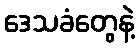
ဒေသခံတွေနဲ့